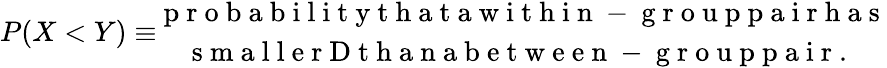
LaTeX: P(X<Y)\equiv\begin{array}{c}{\mathrm{~p~r~o~b~a~b~i~l~i~t~y~t~h~a~t~a~w~i~t~h~i~n~-~g~r~o~u~p~p~a~i~r~h~a~s~}}\\ {\mathrm{~s~m~a~l~l~e~r~D~t~h~a~n~a~b~e~t~w~e~e~n~-~g~r~o~u~p~p~a~i~r~.~}}\end{array}